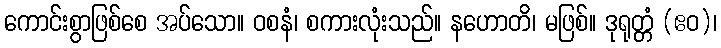
ကောင်းစွာဖြစ်စေ အပ်သော။ ဝစနံ၊ စကားလုံးသည်။ နဟောတိ၊ မဖြစ်။ ဒုရုတ္တံ (ဧဝ)၊